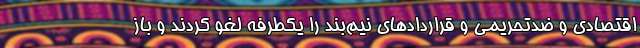
اقتصادی و ضدتحریمی و قراردادهای نیم‌بند را یکطرفه لغو کردند و باز